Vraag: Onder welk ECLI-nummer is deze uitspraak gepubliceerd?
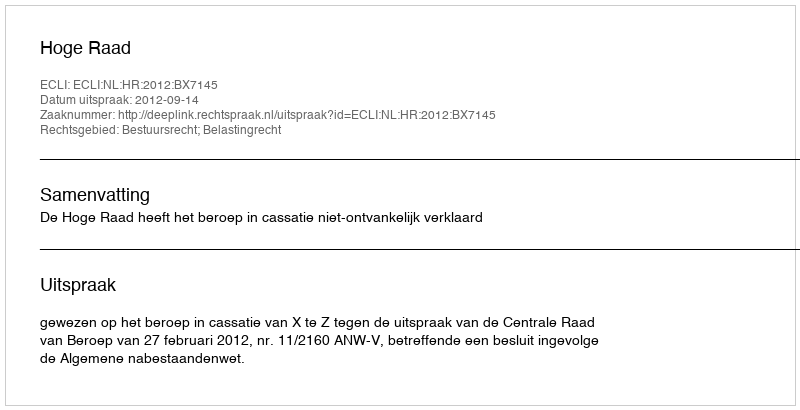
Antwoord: ECLI:NL:HR:2012:BX7145